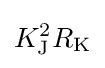
K_{\text{J}}^{2}R_{\text{K}}